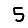
Digit: 5